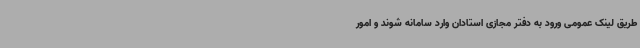
طریق لینک عمومی ورود به دفتر مجازی استادان وارد سامانه شوند و امور